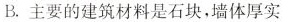
B.主要的建筑材料是石块，墙体厚实